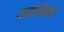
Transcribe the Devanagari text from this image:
वायोमिंगची